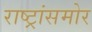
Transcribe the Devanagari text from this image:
राष्ट्रांसमोर